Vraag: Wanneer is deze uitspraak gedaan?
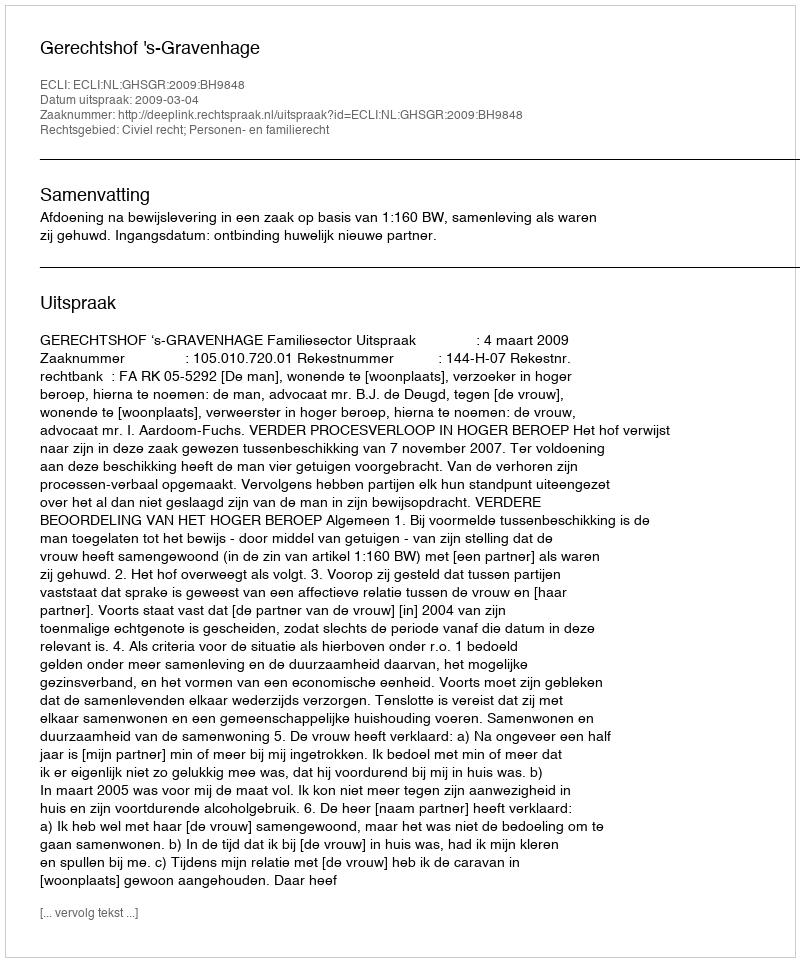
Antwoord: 2009-03-04